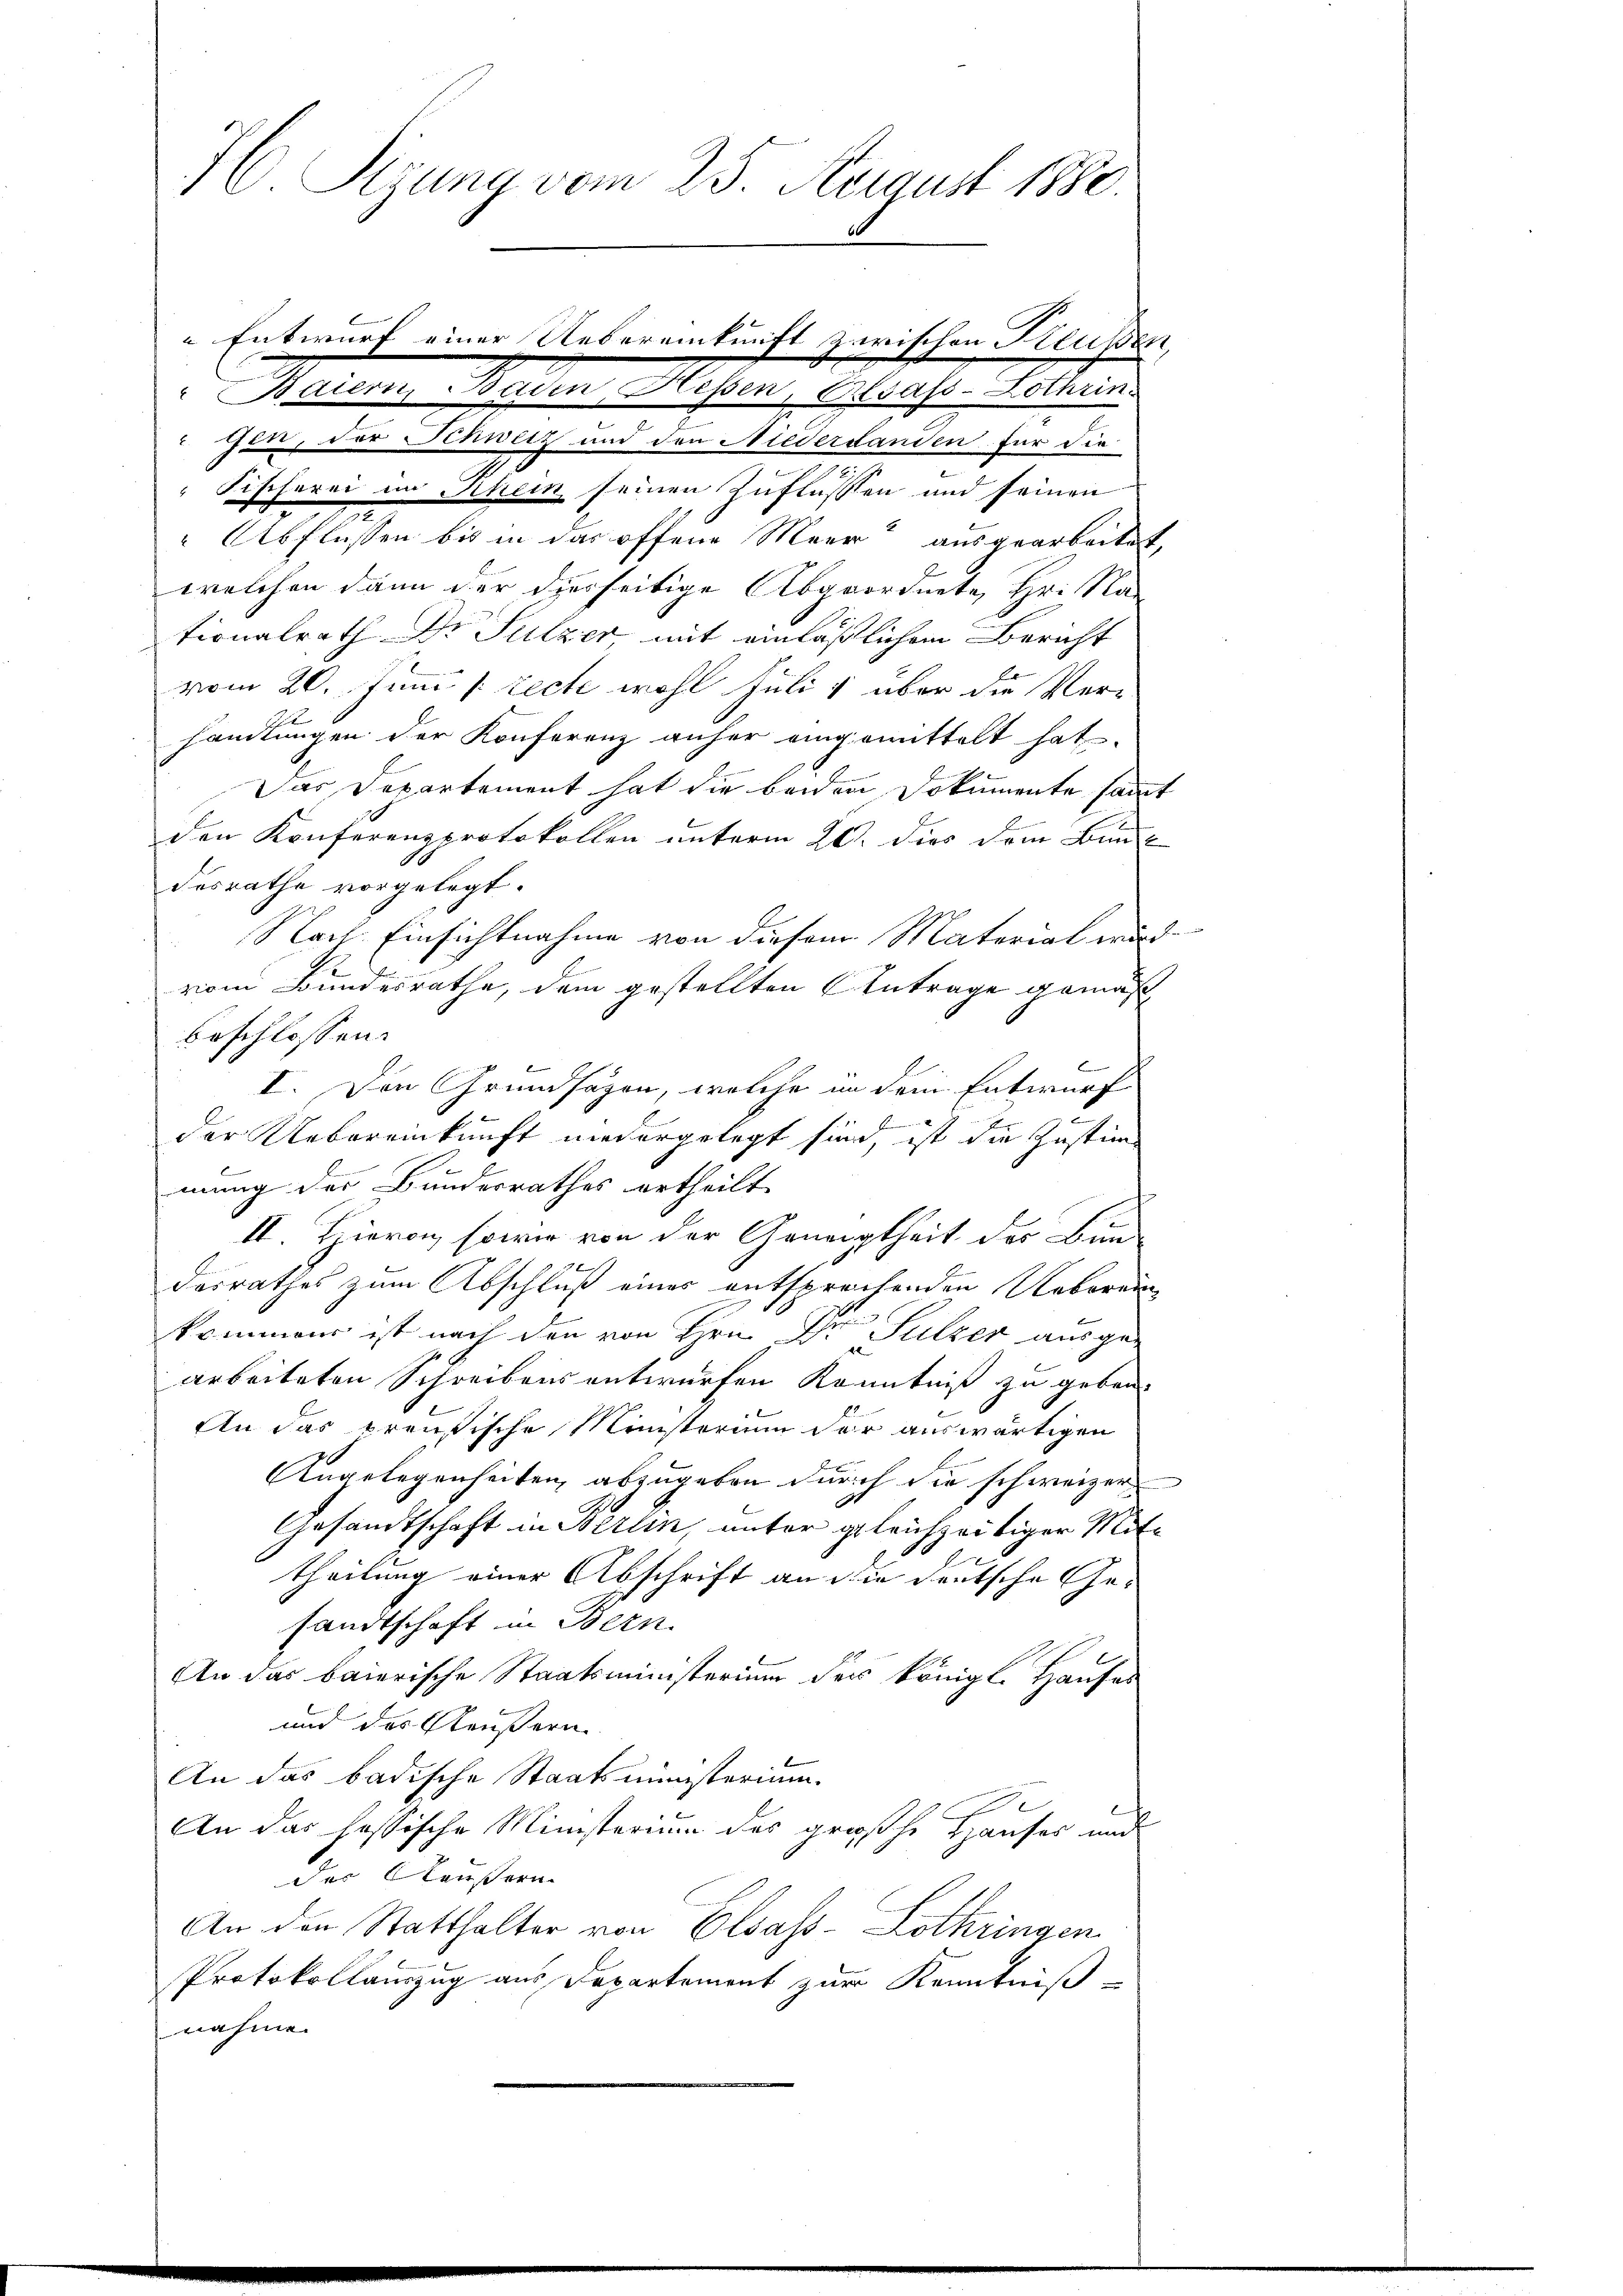
76. Sizung vom 25. August 1880.

Fischerei in Rhein seinen Zuflüssen und seinen
" Abflussen bis in das offene Meer“ ausgearbeitet,
welchen dann der dierseitige Abgeordnete, Hr. Na
tionalrath Dr Sulzer, mit einläßlichem Bericht
vom 20. Juni [recte wohl Juli 1 über die Ver-
handlungen der Konferenz anher eingemittelt hat.
Das Departement hat die beiden Dokumente sammt
den Konferenzprotokollen unterm 20. dies dem Bunde
desrathe vorgelegt.
Nach Einsichtnahme von diesem Material wird
vom Bundesrathe, dem gestellten Antrage gemäß
beschlossen:
I. Den Grundsagen, welche in dem Entwurf
2
x
der Uebereinkunft niedergelegt sind, ist die Zustimmung des Bundesrathes ertheilt.
II. Hieron, sowie von der Geneigtheit der Bun-
desrathes zum Abschluß eines entsprochenden Ueberein
kommens ist nach den von Hrn. Dr Sulzer ausgearbeiteten Schreibens entwurfen Kenntniß zu geben.
An das preußische Ministerium der auswärtigen
Angelegenheiten, abzugeben durch die schweizer
Gesandtschaft in Berlin, unter gleichzeitiger Mittheilung einer Abschrift an die deutsche Gesandtschaft in Bern.
An das baierische Staatsministerium des königl. Hauses
und das Käußern
An das badische Staatsministerium.
An das lassische Ministerium des großhe Hauses und
der Aeussern
An den Statthalter von Elsass-Lothringen
Protokollauszug aus Departement zur Kenntniß
nahme.

Baiern, Baden, Hessen, Elsass-Lothrin.
u der Schweiz und den Niederdanden für die

2

Entwurf einer Uebereinkunft zwischen Klussen,